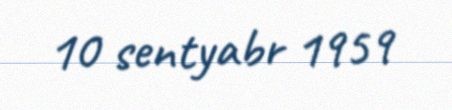
10 sentyabr 1959